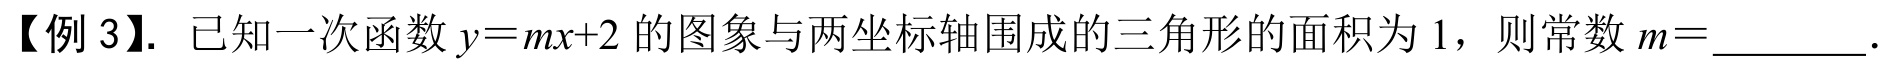
【例 3】. 已知一次函数\(y = mx + 2\)的图象与两坐标轴围成的三角形的面积为 1，则常数\(m=\)________.